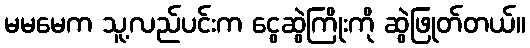
မမမေက သူ့လည်ပင်းက ငွေဆွဲကြိုးကို ဆွဲဖြုတ်တယ်။